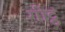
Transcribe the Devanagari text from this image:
गोट्ठं